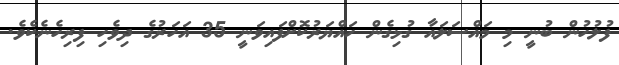
ފުލުހުން ބުނީ މި މައްސަލައާ ގުޅިގެން ހައްޔަރުކޮށްފައިވަނީ 35 އަހަރުގެ ދިވެހި ފިރިހެނެކެވެ.